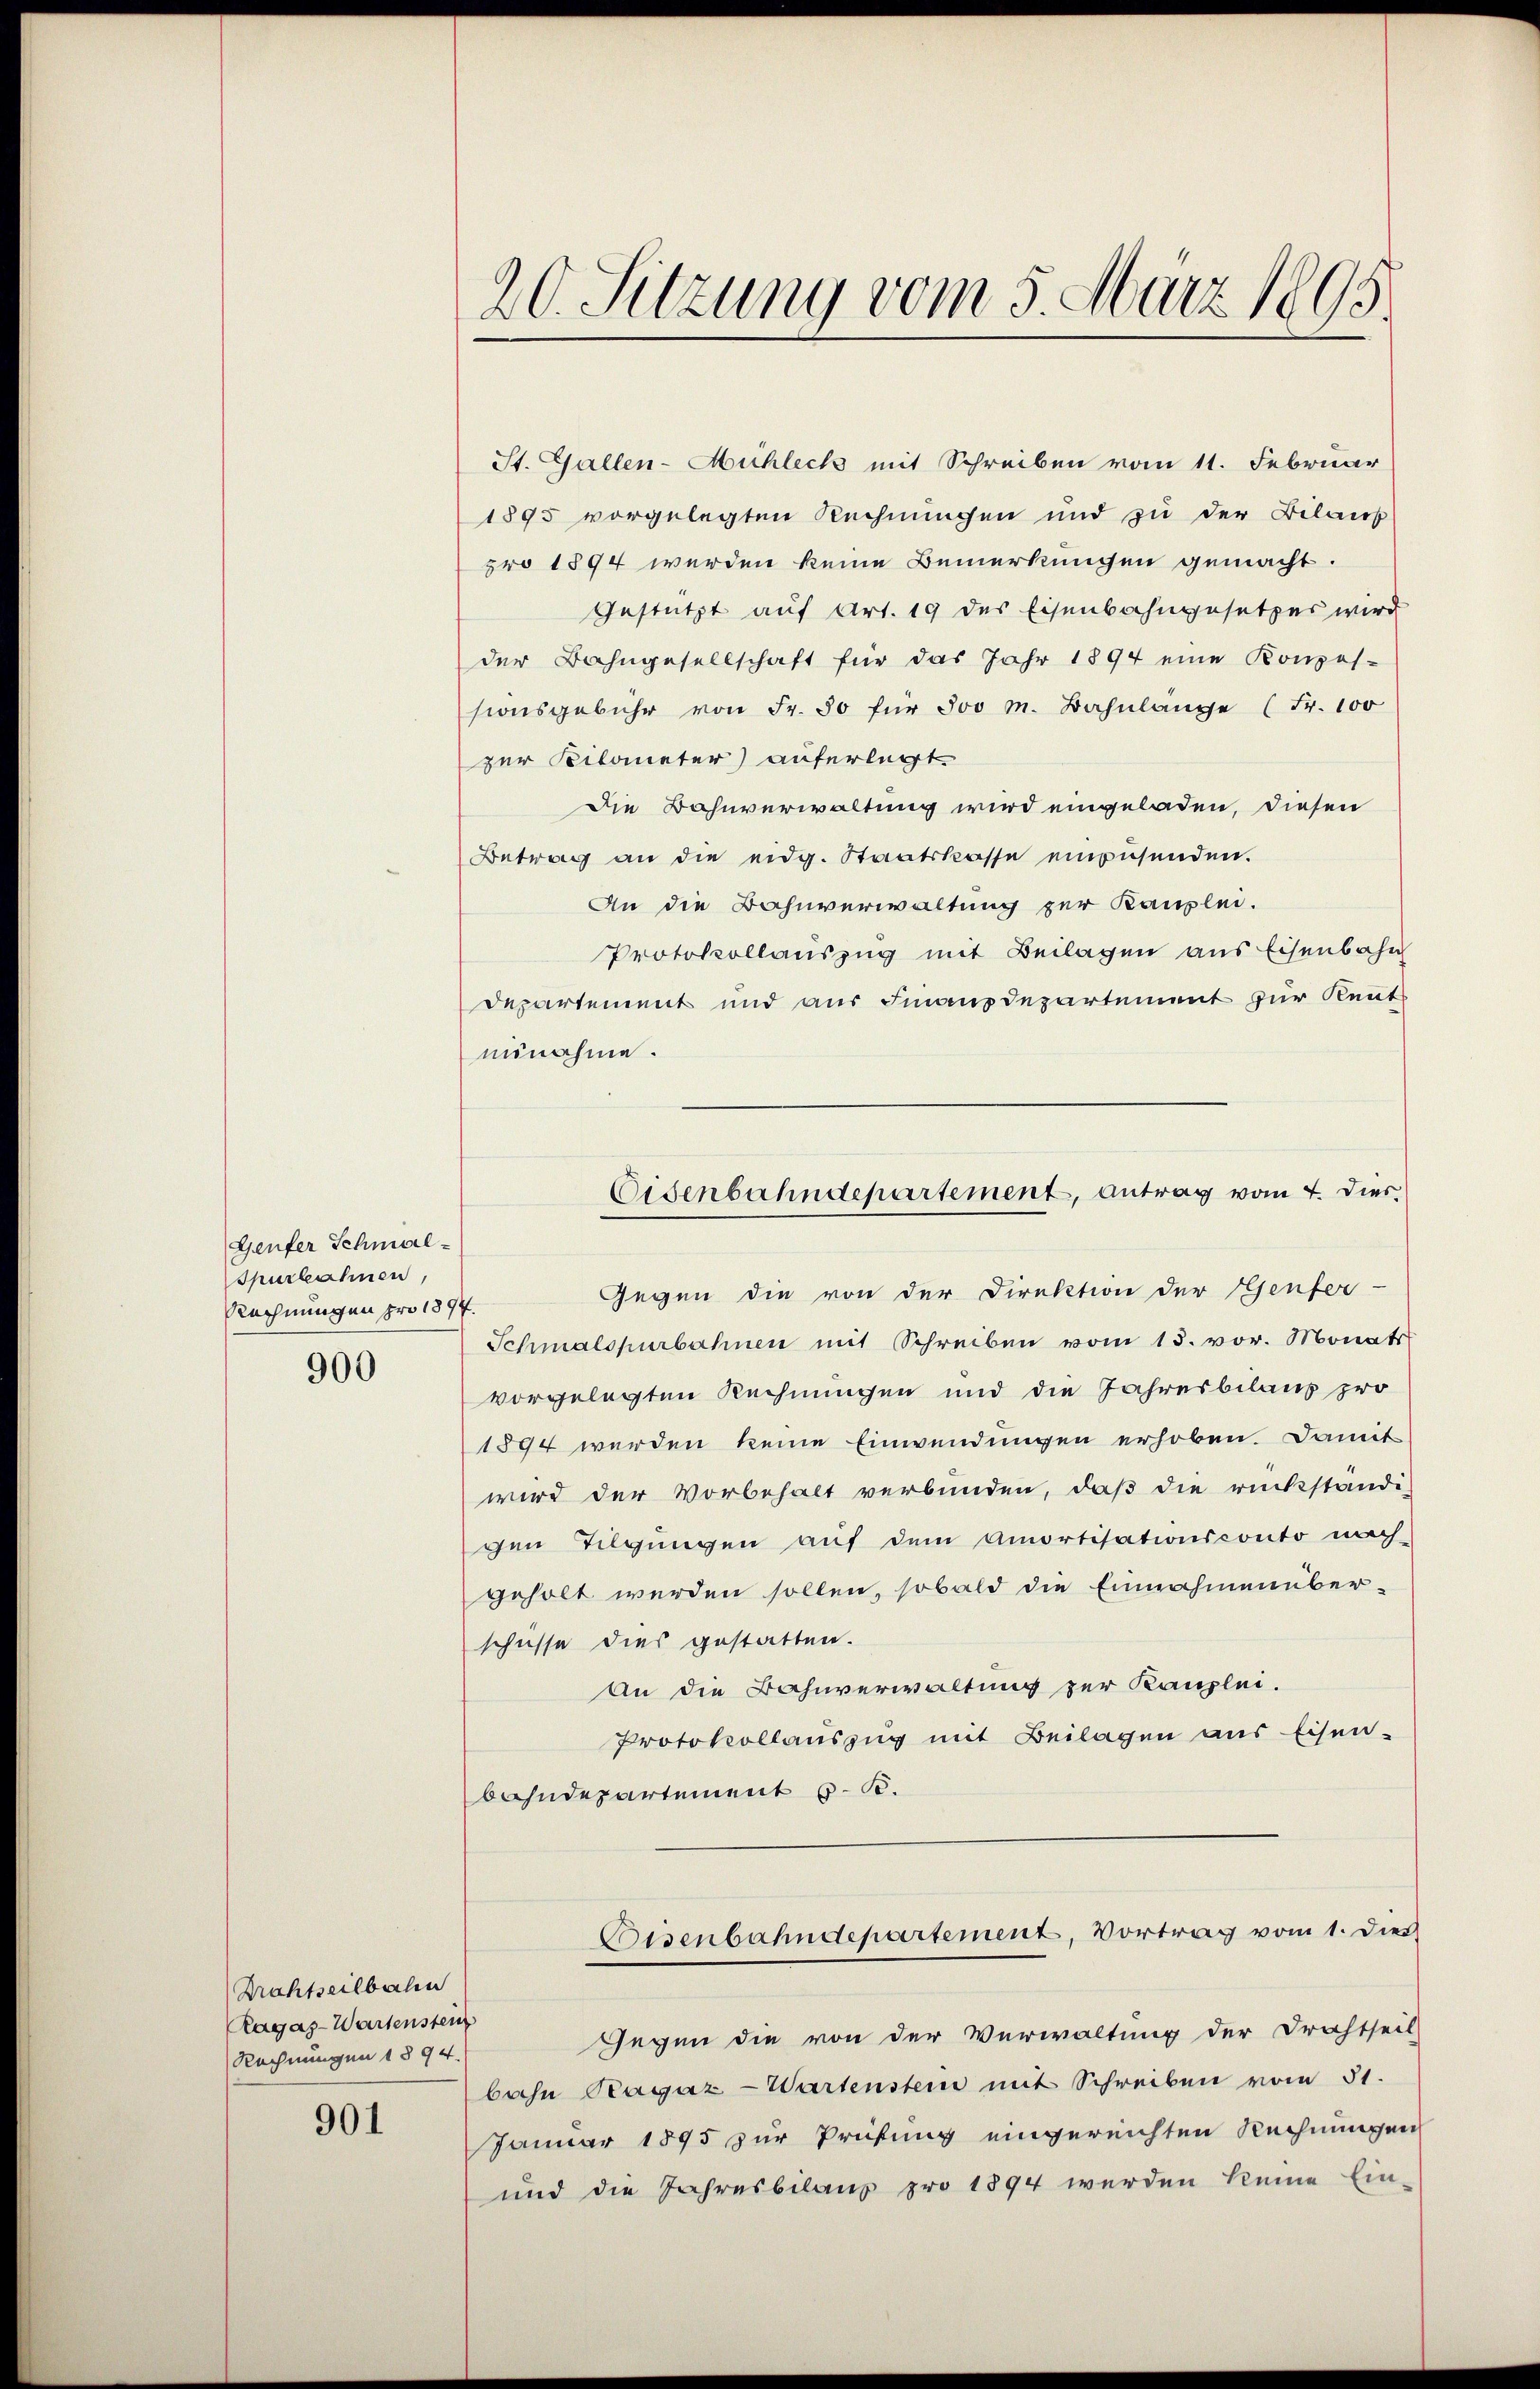
Genfer Schmal-
Spurbahnen,
Rechnungen pro 1877.

900

Drahtseilbalen
Lagas-Wartenstein
Rechnungen 1894.

901

20. Sitzung vom 5. März 1895.

St. Gallen-Mühlech mit Schreiben vom 11. Februar
1895 vorgelegten Rechnungen und zu der Bilaus
pro 1894 werden keine Bemerkungen gemacht.
Gestützt auf Art. 19 des Eisenbahngesetzes wird
der Bahngesellschaft für das Jahr 1894 eine Konzes-
sionsgebühr von Fr. 50 für 500 M. Bahnlänge (Fr. 100
zur Kilometer) auferlegt.
die Bahnverwaltung wird eingeladen, diesen
Betrag an die eidg. Staatskasse einzusenden.
An die Bahnverwaltung zur Kanzlei.
Protokollauszug mit Beilagen aus Eisenbahn
Departement und aus Finanzdepartement zur Kennt
nunahme.
Gegen die von der Direktion der Genfer-
Schmalspurbahnen mit Schreiben vom 13. vor. Monats
vorgelegten Rechnungen und die Jahresbilanz pro
1894 werden keine Einwendungen erhoben. Damit
wird der Vorbehalt verbunden, daß die rückständi-
gen Tilgungen auf dem Amortisationsconto nach
geholt werden sollen, sobald die Einnahmenüber-
schüsse dies gestatten.
An die Bahnverwaltung zur Kanzlei.
Protokollauszug mit Beilagen aus Eisen-
bahndepartement z. B.
Bisenbahndepartement, Vortrag vom 1. Dies
Gegen die von der Verwaltung der Drahtheil
bahn Ragaz-Wartenstein mit Schreiben vom 31.
Januar 1895 zur Prüfung eingereichten Rechnungen
und die Jahresbelauf pro 1894 werden keine Ein-

Eisenbahndepartement, antrag vom 4. Dies